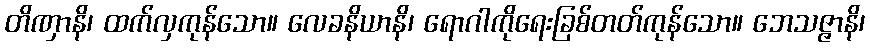
တိဏှာနိ၊ ထက်လှကုန်သော။ လေခနိယာနိ၊ ရောဂါကိုရေးခြစ်တတ်ကုန်သော။ ဘေသဇ္ဇာနိ၊